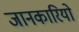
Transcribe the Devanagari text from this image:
जानकारियो